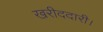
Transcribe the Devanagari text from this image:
खरीददारी।